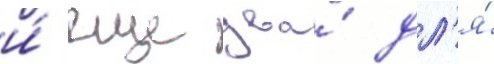
и́ еще два́ дл'я́